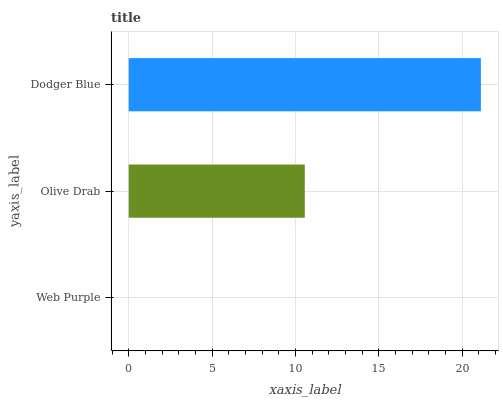
| yaxis_label | bars |
 | --- | --- |
 | Web Purple | 0 |
 | Olive Drab | 10.6 |
 | Dodger Blue | 21.1 |